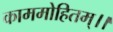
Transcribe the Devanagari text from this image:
काममोहितम्।।